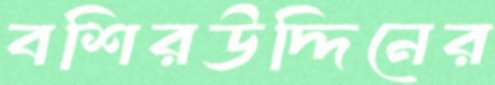
বশিরউদ্দিনের